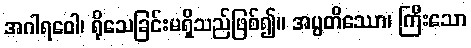
အဂါရဝေါ၊ ရိုသေခြင်းမရှိသည်ဖြစ်၍။ အပ္ပတိဿော၊ ကြီးသော